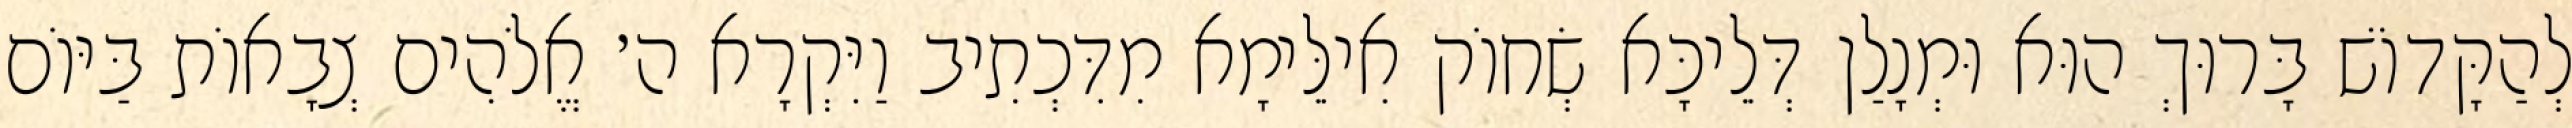
לְהַקָּדוֹשׁ בָּרוּךְ הוּא וּמְנָלַן דְּלֵיכָּא שְׂחוֹק אִילֵּימָא מִדִּכְתִיב וַיִּקְרָא ה׳ אֱלֹהִים צְבָאוֹת בַּיּוֹם